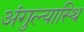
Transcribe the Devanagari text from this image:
अंगुल्यास्थि